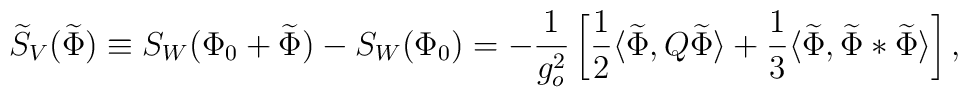
\widetilde{S}_V(\widetilde{\Phi})\equiv S_W(\Phi_0+\widetilde{\Phi})-S_W(\Phi_0)=-\frac{1}{g_o^2}\left[\frac{1}{2}\langle\widetilde{\Phi},Q\widetilde{\Phi}\rangle +\frac{1}{3}\langle\widetilde{\Phi},\widetilde{\Phi}*\widetilde{\Phi}\rangle\right],